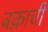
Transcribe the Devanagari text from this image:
बक्राची